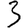
Digit: 3